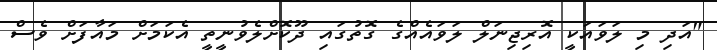
"އަދި މި ލަވައަކީ އޮރިޖިނަލް ލަވައެއްގެ ގޮތުގައި ދޫކޮށްލެވުނީތީ އެކަމަށް މައާފަށް ވެސް